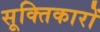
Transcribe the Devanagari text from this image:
सूक्तिकारों